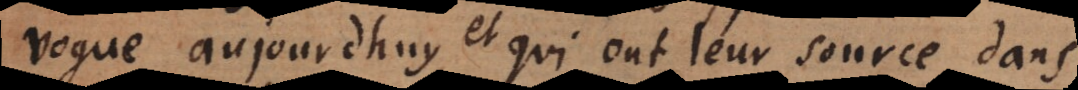
vogue aujourdhuy, qui ont leur source dans